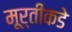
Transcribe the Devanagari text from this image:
मूर्तीकडे